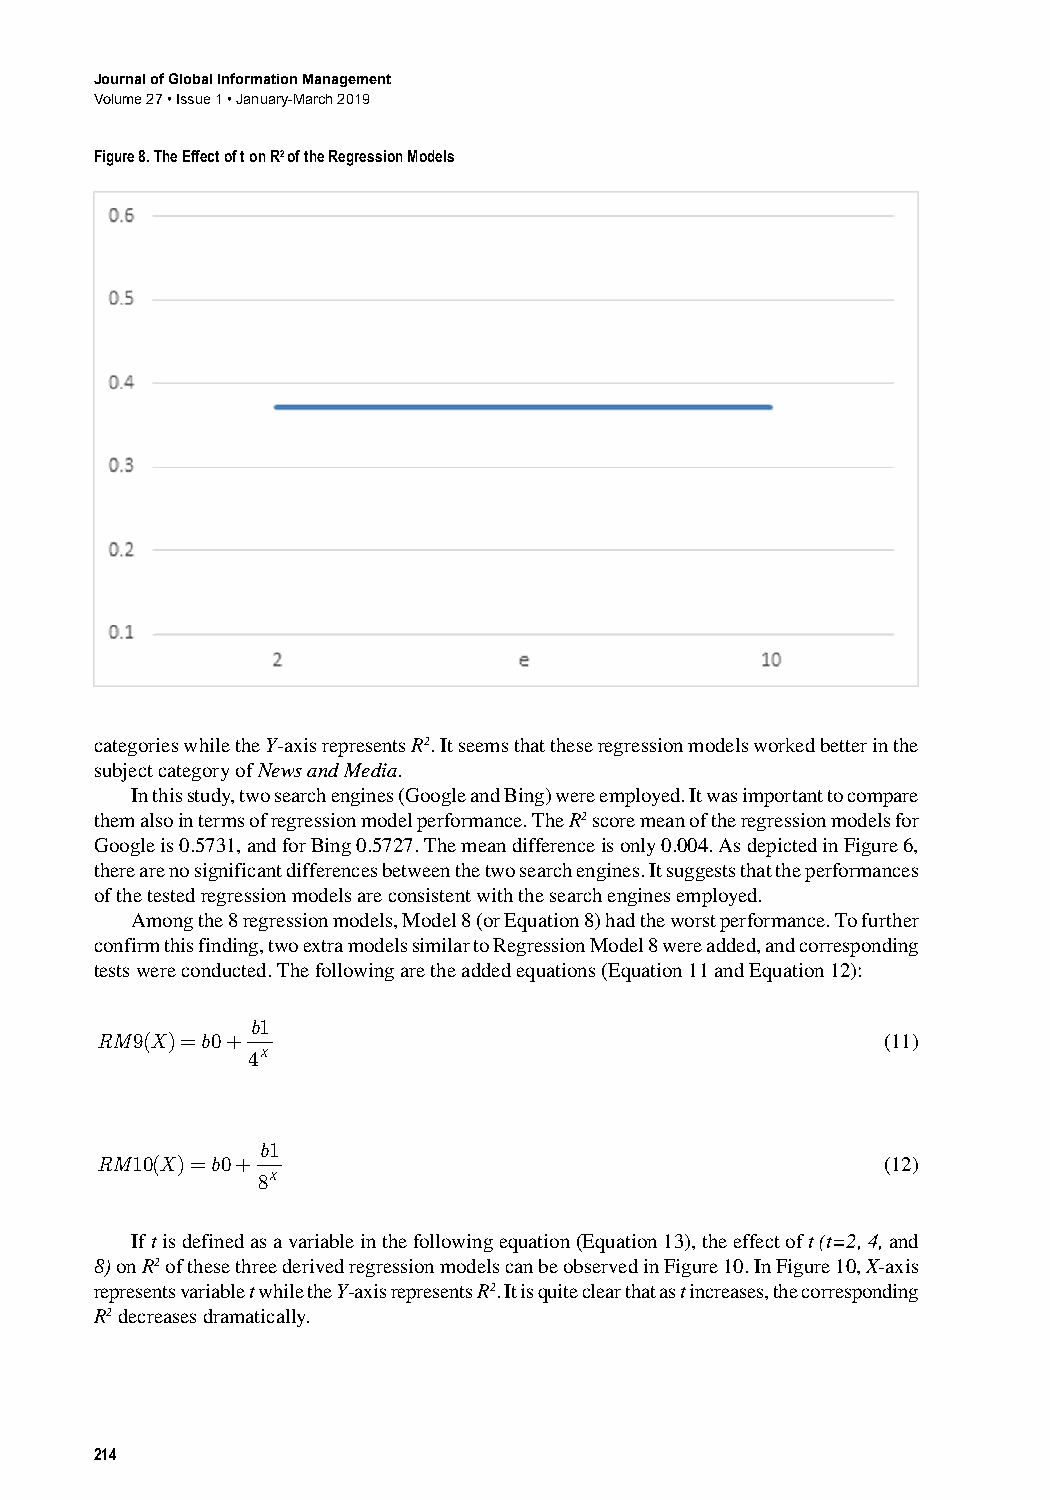
Journal of Global Information Management
 Volume 27 • Issue 1 • January-March 2019
 Figure 8. The Effect of t on R2 of the Regression Models
 categories﻿while﻿the﻿Y-axis﻿represents﻿R2.﻿It﻿seems﻿that﻿these﻿regression﻿models﻿worked﻿better﻿in﻿the﻿
 subject﻿category﻿of﻿News and Media.
 In﻿this﻿study,﻿two﻿search﻿engines﻿(Google﻿and﻿Bing)﻿were﻿employed.﻿It﻿was﻿important﻿to﻿compare﻿
 them﻿also﻿in﻿terms﻿of﻿regression﻿model﻿performance.﻿The﻿R2﻿score﻿mean﻿of﻿the﻿regression﻿models﻿for﻿
 Google﻿is﻿0.5731,﻿and﻿for﻿Bing﻿0.5727.﻿The﻿mean﻿difference﻿is﻿only﻿0.004.﻿As﻿depicted﻿in﻿Figure﻿6,﻿
 there﻿are﻿no﻿significant﻿differences﻿between﻿the﻿two﻿search﻿engines.﻿It﻿suggests﻿that﻿the﻿performances﻿
 of﻿the﻿tested﻿regression﻿models﻿are﻿consistent﻿with﻿the﻿search﻿engines﻿employed.
 Among﻿the﻿8﻿regression﻿models,﻿Model﻿8﻿(or﻿Equation﻿8)﻿had﻿the﻿worst﻿performance.﻿To﻿further﻿
 confirm﻿this﻿finding,﻿two﻿extra﻿models﻿similar﻿to﻿Regression﻿Model﻿8﻿were﻿added,﻿and﻿corresponding﻿
 tests﻿were﻿conducted.﻿The﻿following﻿are﻿the﻿added﻿equations﻿(Equation﻿11﻿and﻿Equation﻿12):
 b1
 RM9(X)=b0+  ﻿                                        (11)
 4X
 b1
 RM10(X)=b0+  ﻿                                       (12)
 8X
 If﻿t﻿is﻿defined﻿as﻿a﻿variable﻿in﻿the﻿following﻿equation﻿(Equation﻿13),﻿the﻿effect﻿of﻿t (t=2, 4,﻿and﻿
 8)﻿on﻿R2﻿of﻿these﻿three﻿derived﻿regression﻿models﻿can﻿be﻿observed﻿in﻿Figure﻿10.﻿In﻿Figure﻿10,﻿X-axis﻿
 represents﻿variable﻿t﻿while﻿the﻿Y-axis﻿represents﻿R2.﻿It﻿is﻿quite﻿clear﻿that﻿as﻿t﻿increases,﻿the﻿corresponding﻿
 R2﻿decreases﻿dramatically.
 214